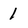
Character: 1